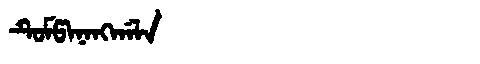
Manchu: ᡨᡠᠮᡦᠠᠨᠠᠩᡤᠠᠯᠠ
Romanization: TUMPANANGGALA